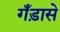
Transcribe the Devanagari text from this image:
गँड़ासे